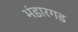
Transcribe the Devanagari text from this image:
भंडारगड